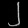
Digit: ၂